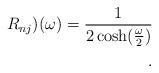
LaTeX: \begin{align*}R_{nj})(\omega)= {1\over2 \cosh({\omega \over 2})}\\.\end{align*}